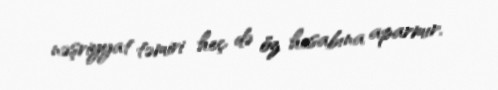
nəşriyyat təmiri heç də öz hesabına aparmır.